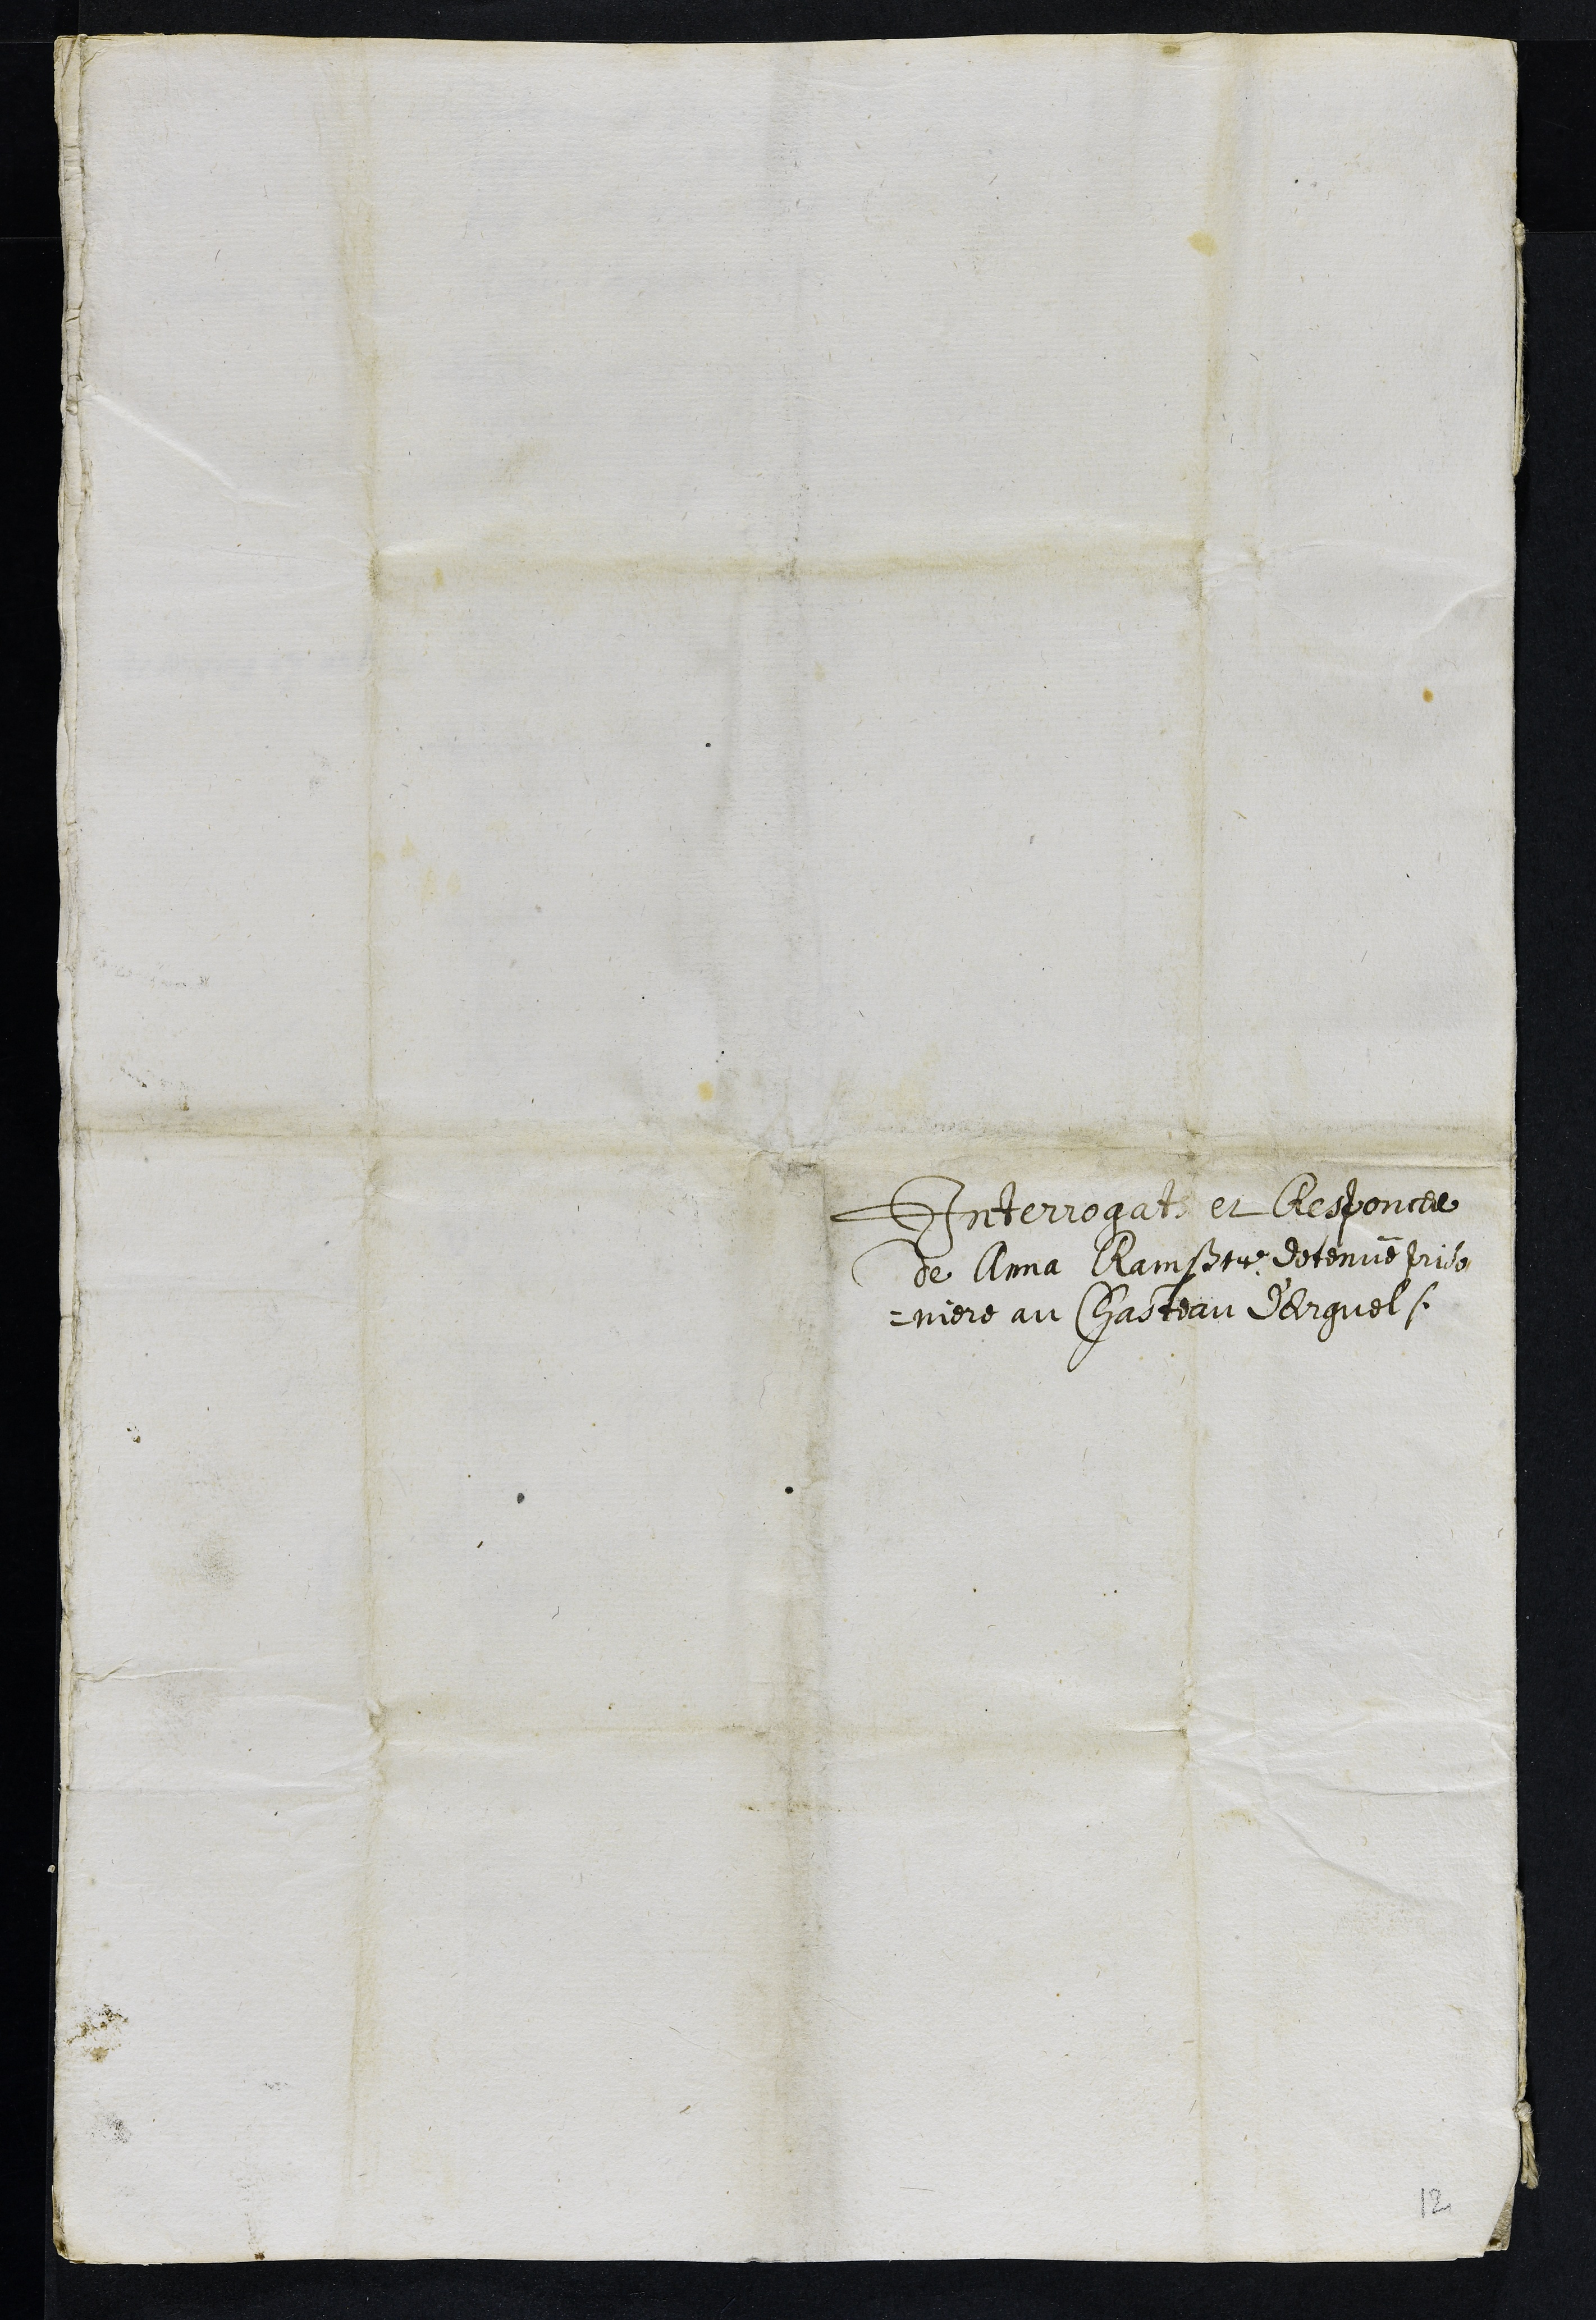
Interrogats et Responces
de Anna Ramßer detenuë priso-
niere au Chasteau d'Erguel
12